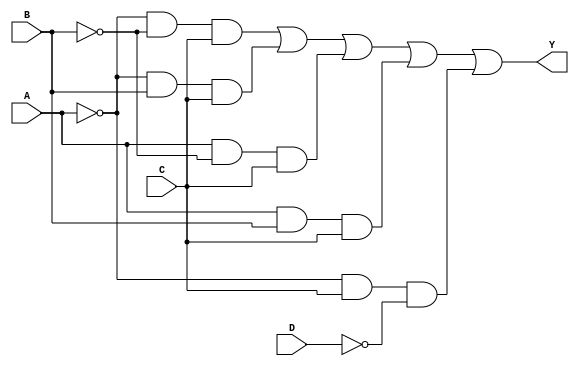
module sop_simplification (
    input wire A,       // Input variable A
    input wire B,       // Input variable B
    input wire C,       // Input variable C
    input wire D,       // Input variable D
    output wire Y       // Output variable Y
);

// Combinational Logic Implementation based on the simplified SOP expression
assign Y = (~A & ~B & C) | (~A & B & C) | (A & ~B & C) | (A & B & C) | (~A & C & ~D);

endmodule